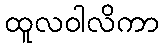
ထူလဝါလိကာ